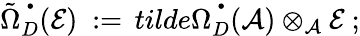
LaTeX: \tilde{\Omega}_{D}^{\, ^{\bullet}}({\mathcal E})\ :=\, tilde{\Omega}_{D}^{\, ^{\bullet}}({\mathcal A})\otimes_{{\mathcal A}}{\mathcal E}\ ;